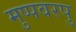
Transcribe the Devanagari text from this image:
मुप्पवरपु